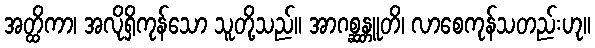
အတ္ထိကာ၊ အလိုရှိကုန်သော သူတို့သည်။ အာဂစ္ဆန္တူတိ၊ လာစေကုန်သတည်းဟု။